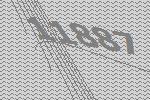
11887